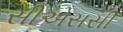
સીએસસી